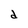
Character: d